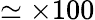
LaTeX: \simeq\times 100